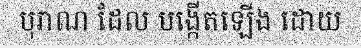
បុរាណ ដែល បង្កើតឡើង ដោយ